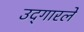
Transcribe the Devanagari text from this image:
उद्‍गारले